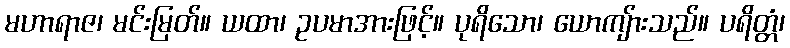
မဟာရာဇ၊ မင်းမြတ်။ ယထာ၊ ဥပမာအားဖြင့်။ ပုရိသော၊ ယောကျ်ားသည်။ ပရိတ္တံ၊